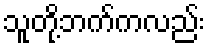
သူတို့ဘက်ကလည်း